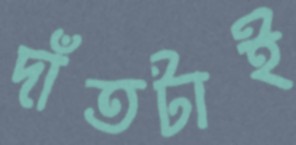
দাঁতটাই